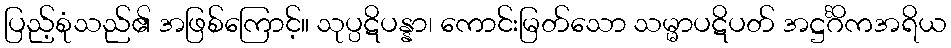
ပြည့်စုံသည်၏ အဖြစ်ကြောင့်။ သုပ္ပဋိပန္နာ၊ ကောင်းမြတ်သော သမ္မာပဋိပတ် အဋ္ဌင်္ဂိကအရိယ